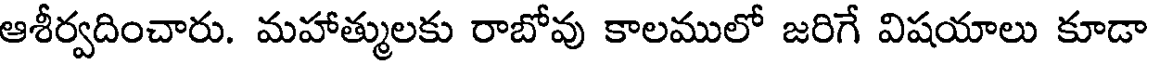
ఆశీర్వదించారు. మహాత్ములకు రాబోవు కాలములో జరిగే విషయాలు కూడా